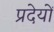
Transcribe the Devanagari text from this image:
प्रदेयों